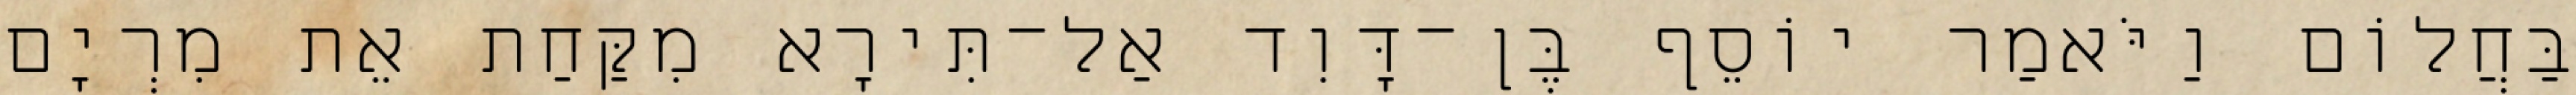
בַּחֲלוֹם וַיֹּאמַר יוֹסֵף בֶּן־דָּוִד אַל־תִּירָא מִקַּחַת אֵת מִרְיָם